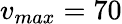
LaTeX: v_{max}=70